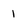
Character: 1